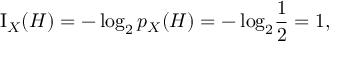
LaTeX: \operatorname { I } _ { X } ( H ) = - \log _ { 2 } { p _ { X } { ( H ) } } = - \log _ { 2 } \! { \frac { 1 } { 2 } } = 1 ,